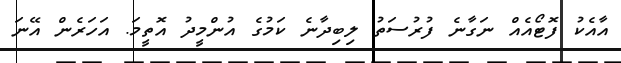
އާއެކު ފޮޓޯއެއް ނަގާނެ ފުރުސަތު ލިބިދާނެ ކަމުގެ އުންމީދު އޮތީމަ. އަހަރެން އޭނަ